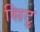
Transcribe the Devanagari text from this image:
सिटु